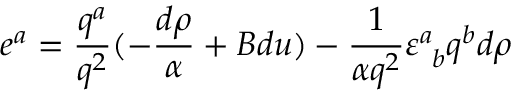
e ^ { a } = { \frac { q ^ { a } } { q ^ { 2 } } } ( - { \frac { d \rho } { \alpha } } + B d u ) - { \frac { 1 } { \alpha q ^ { 2 } } } \varepsilon _ { \ b } ^ { a } q ^ { b } d \rho